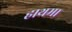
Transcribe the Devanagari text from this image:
हाथमा